Lunatic asylums Bombay report 1878-1890 - 1878-1890
Year: 1878
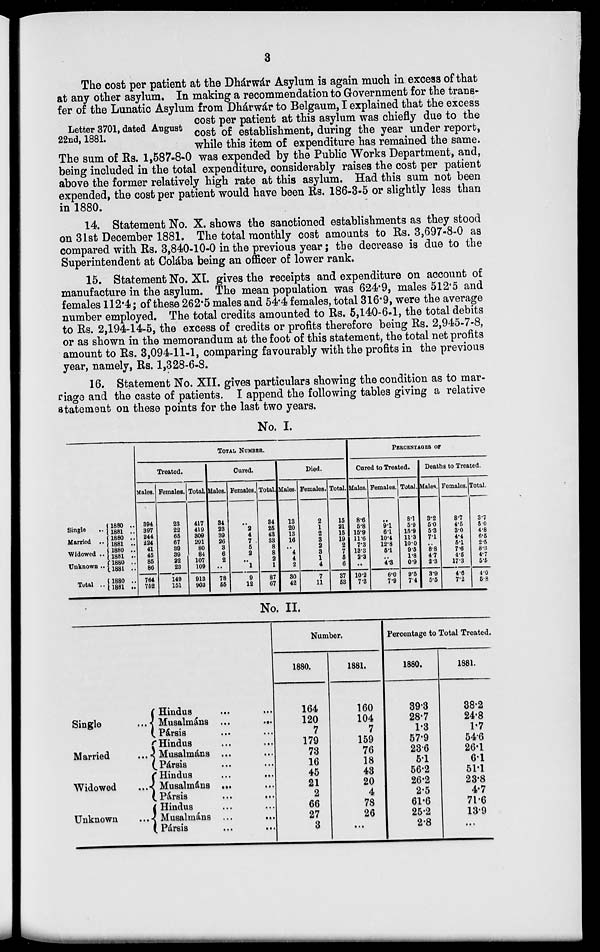
3
Letter 3701, dated August
22nd, 1881.
The cost per patient at the Dhárwár Asylum is again much in excess of that
at any other asylum. In making a recommendation to Government for the trans-
fer of the Lunatic Asylum from Dhárwár to Belgaum, I explained that the excess
cost per patient at this asylum was chiefly due to the
cost of establishment, during the year under report,
while this item of expenditure has remained the same.
The sum of Rs. 1,587-8-0 was expended by the Public Works Department, and,
being included in the total expenditure, considerably raises the cost per patient
above the former relatively high rate at this asylum. Had this sum not been
expended, the cost per patient would have been Rs. 186-3-5 or slightly less than
in 1880.
14. Statement No. X. shows the sanctioned establishments as they stood
on 31st December 1881. The total monthly cost amounts to Rs. 3,697-8-0 as
compared with Rs. 3,840-10-0 in the previous year ; the decrease is due to the
Superintendent at Colába being an officer of lower rank.
15. Statement No. XI. gives the receipts and expenditure on account of
manufacture in the asylum. The mean population was 624.9, males 512.5 and
females 112. 4 ; of these 262.5 males and 54.4 females, total 316.9, were the average
number employed. The total credits amounted to Rs. 5,140-6-1, the total debits
to Rs. 2,194-14-5, the excess of credits or profits therefore being Rs. 2,945-7-8,
or as shown in the memorandum at the foot of this statement, the total net profits
amount to Rs. 3,094-11-1, comparing favourably with the profits in the previous
year, namely, Rs. 1,328-6-8.
16. Statement No. XII. gives particulars showing the condition as to mar-
riage and the caste of patients. I append the following tables giving a relative
statement on these points for the last two years.
No. I.
Single ..
Married ..
Widowed ..
Unknown ..
Total ..
1880 ..
1881 ..
1880 ..
1881 ..
1880 ..
1881 ..
1880 ..
1881 ..
1880 ..
1881 ..
TOTAL NUMBER.
Treated.
Males.
394
397
244
224
41
45
85
86
764
752
Females.
23
22
65
67
39
39
22
23
149
151
Total.
417
419
309
291
80
84
107
109
913
903
Cured.
Males.
34
23
39
26
3
6
2
..
78
55
Females.
..
2
4
7
5
2
..
1
9
12
Total.
34
25
43
33
8
8
2
1
87
67
Died.
Males.
13
20
13
16
..
4
4
2
30
42
Females.
2
1
2
3
2
3
1
4
7
11
Total.
15
21
15
19
2
7
5
6
37
53
PERCENTAGE OF
Cured to Treated.
Males.
8.6
5.8
15.9
11.6
7.3
13.3
2.3
..
10.2
7.3
Females.
..
9.1
6.1
10.4
12.8
5.1
..
4.3
6.0
7.9
Total.
8.1
5.9
15.9
11.3
10.0
9.5
1.8
0.9
9.5
7.4
Deaths to Treated.
Males.
3.2
5 0
5.3
7.1
..
8.8
4.7
2.3
3.9
5.5
Females.
8.7
4.5
3.0
4.4
5.1
7.6
4.5
17.3
4.6
7.2
Total.
3.7
5.0
4.8
6.5
2.5
8.3
4.7
5.5
4.0
5.8
No. II.
Single ...
Married ...
Widowed
...
Unknown ...
Hindus ... ...
Musalmáns ...
...
Pársis ... ...
Hindus ... ...
Musalmáns ...
Pársis ... ...
Hindus ... ...
Musalmáns ... ...
Pársis ... ...
Hindus
...
...
Musalmáns ...
...
Pársis ... ...
Number.
1880.
164
120
7
179
73
16
45
21
2
66
27
3
1881.
160
104
7
159
76
18
43
20
4
78
26
...
Percentage to Total Treated
1880.
39.3
28.7
1.3
57.9
23.6
5.1
56.2
26.2
2.5
61.6
25.2
2.8
1881.
38.2
24.8
1.7
54.6
26.1
6.1
51.1
23.8
4.7
71.6
13.9
...